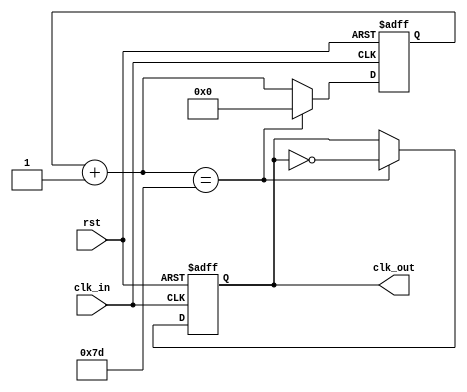
`define WIDTH_i2c 63
`define N_i2c (`WIDTH_i2c'd125)

module i2c_clock_divider(
  input clk_in,
  input rst,
  output clk_out
  );

reg [`WIDTH_i2c-1:0] r_reg;
wire [`WIDTH_i2c-1:0] r_nxt;
reg clk_track;

assign r_nxt = r_reg + 1;           
assign clk_out = clk_track;

always @(posedge clk_in or posedge rst)
begin
  if (rst)
  begin
    r_reg <= `WIDTH_i2c'd0;
    clk_track <= 1'b0;
  end

  else if (r_nxt == `N_i2c)
  begin
    r_reg <= `WIDTH_i2c'd0;
    clk_track <= ~clk_track;
  end

  else 
    r_reg <= r_nxt;
end

endmodule